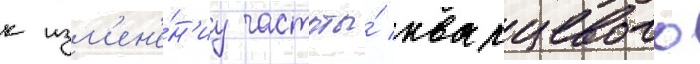
к изм'ен'е́н'иу частоты́ кварцевого